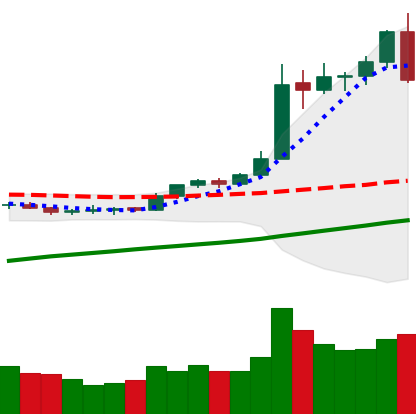
Ticker: BTC-USD
Chart end date: 2020-08-02
Forward return: 4.956%
Label: up_3_5